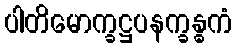
ပါတိမောက္ခဋ္ဌပနက္ခန္ဓကံ